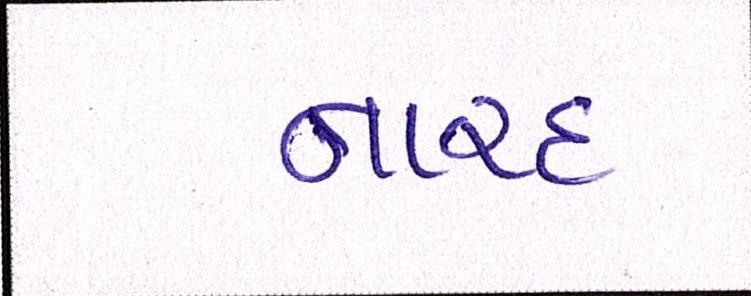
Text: નારદ